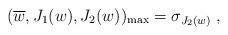
LaTeX: \begin{align*}(\overline{w}, J_1(w),J_2(w))_{\max} = \sigma_{J_2(w)}\;,\end{align*}